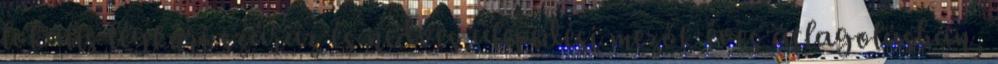
lokális légköri száraz és nedves ülepedési mezők éves átlagolásban,